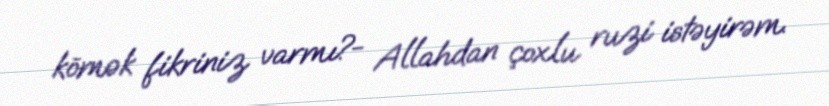
kömək fikriniz varmı?- Allahdan çoxlu ruzi istəyirəm.